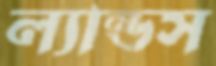
ল্যান্ডস